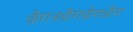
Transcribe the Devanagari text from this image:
धीराअधीराधीराधीरा